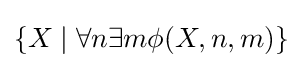
\{X\mid \forall n\exists m\phi (X,n,m)\}